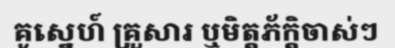
គូស្នេហ៍ គ្រួសារ ឬមិត្តភ័ក្តិចាស់ៗ